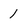
Character: 1